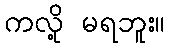
ကလို့ မရဘူး။